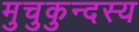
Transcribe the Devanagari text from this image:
मुचुकुन्दस्य